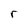
Character: r